Report of the Municipal Commissioner on the plague in Bombay for the year ending 31st May... - Volume 1
Disease focus: Plague
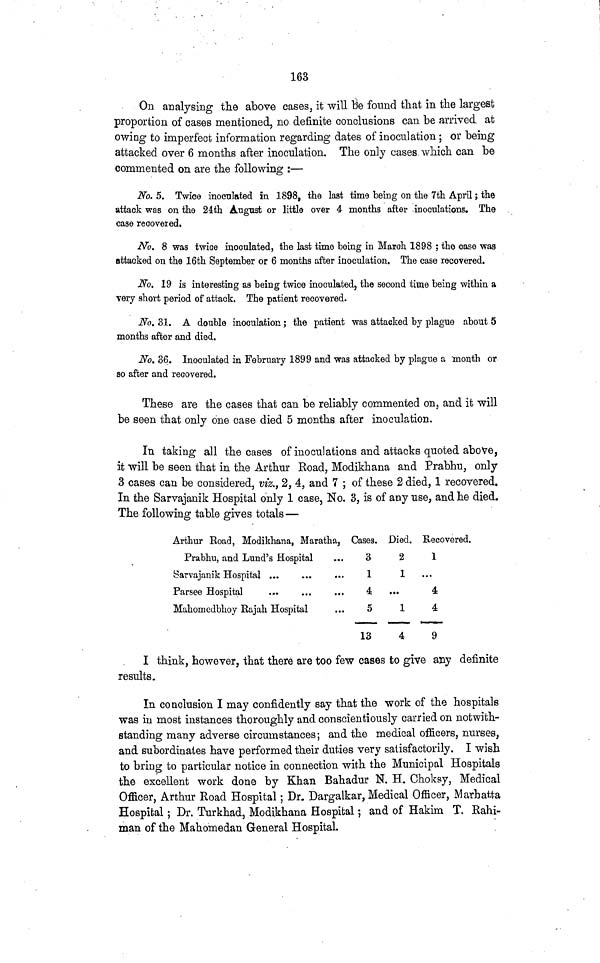
163
On analysing the above cases, it will be found that in the largest
proportion of cases mentioned, no definite conclusions can be arrived at
owing to imperfect information regarding dates of inoculation; or being
attacked over 6 months after inoculation. The only cases which can be
commented on are the following :—
No. 5. Twice inoculated in 1898, the last time being on the 7th April ; the
attack was on the 24th August or little over 4 months after inoculations. The
case recovered.
No. 8 was twice inoculated, the last time being in March 1898 ; the case was
attacked on the 16th September or 6 months after inoculation. The case recovered.
No. 19 is interesting as being twice inoculated, the second time being within a
very short period of attack. The patient recovered.
No. 31. A double inoculation ; the patient was attacked by plague about 5
months after and died.
No. 36. Inoculated in February 1899 and was attacked by plague a month or
so after and recovered.
These are the cases that can be reliably commented on, and it will
be seen that only one case died 5 months after inoculation.
In taking all the cases of inoculations and attacks quoted above,
it will be seen that in the Arthur Road, Modikhana and Prabhu, only
3 cases can be considered, viz., 2, 4, and 7 ; of these 2 died, 1 recovered.
In the Sarvajanik Hospital only 1 case, No. 3, is of any use, and he died.
The following table gives totals—
Arthur Road, Modikhana, Maratha,
Prabhu, and Lund's Hospital
Sarvajanik Hospital
Parsee Hospital
Mahomedbhoy Rajah Hospital
Cases.
3
1
4
5
13
Died.
2
1
...
1
4
Recovered
1
...
4
4
9
I think, however, that there are too few cases to give any definite
results.
In conclusion I may confidently say that the work of the hospitals
was in most instances thoroughly and conscientiously carried on notwith-
standing many adverse circumstances; and the medical officers, nurses,
and subordinates have performed their duties very satisfactorily. I wish
to bring to particular notice in connection with the Municipal Hospitals
the excellent work done by Khan Bahadur N. H. Choksy, Medical
Officer, Arthur Road Hospital; Dr. Dargalkar, Medical Officer, Marhatta
Hospital; Dr. Turkhad, Modikhana Hospital; and of Hakim T. Rahi-
man of the Mahomedan General Hospital.